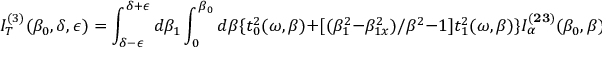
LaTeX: I _ { T } ^ { ( 3 ) } ( { \beta } _ { 0 } , \delta , \epsilon ) = \int _ { \delta - \epsilon } ^ { \delta + \epsilon } d { \beta } _ { 1 } \int _ { 0 } ^ { { \beta } _ { 0 } } d { \beta } \{ t _ { 0 } ^ { 2 } ( { \omega } , { \beta } ) + [ ( { \beta } _ { 1 } ^ { 2 } - { \beta } _ { 1 x } ^ { 2 } ) / { \beta } ^ { 2 } - 1 ] t _ { 1 } ^ { 2 } ( { \omega } , { \beta } ) \} I _ { \alpha } ^ { ( { \bf 2 3 } ) } ( { \beta } _ { 0 } , { \beta } )